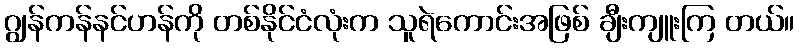
ဂျွန်ကန်နင်ဟန်ကို တစ်နိုင်ငံလုံးက သူရဲကောင်းအဖြစ် ချီးကျူးကြ တယ်။